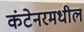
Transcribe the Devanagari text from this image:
कंटेनरमधील